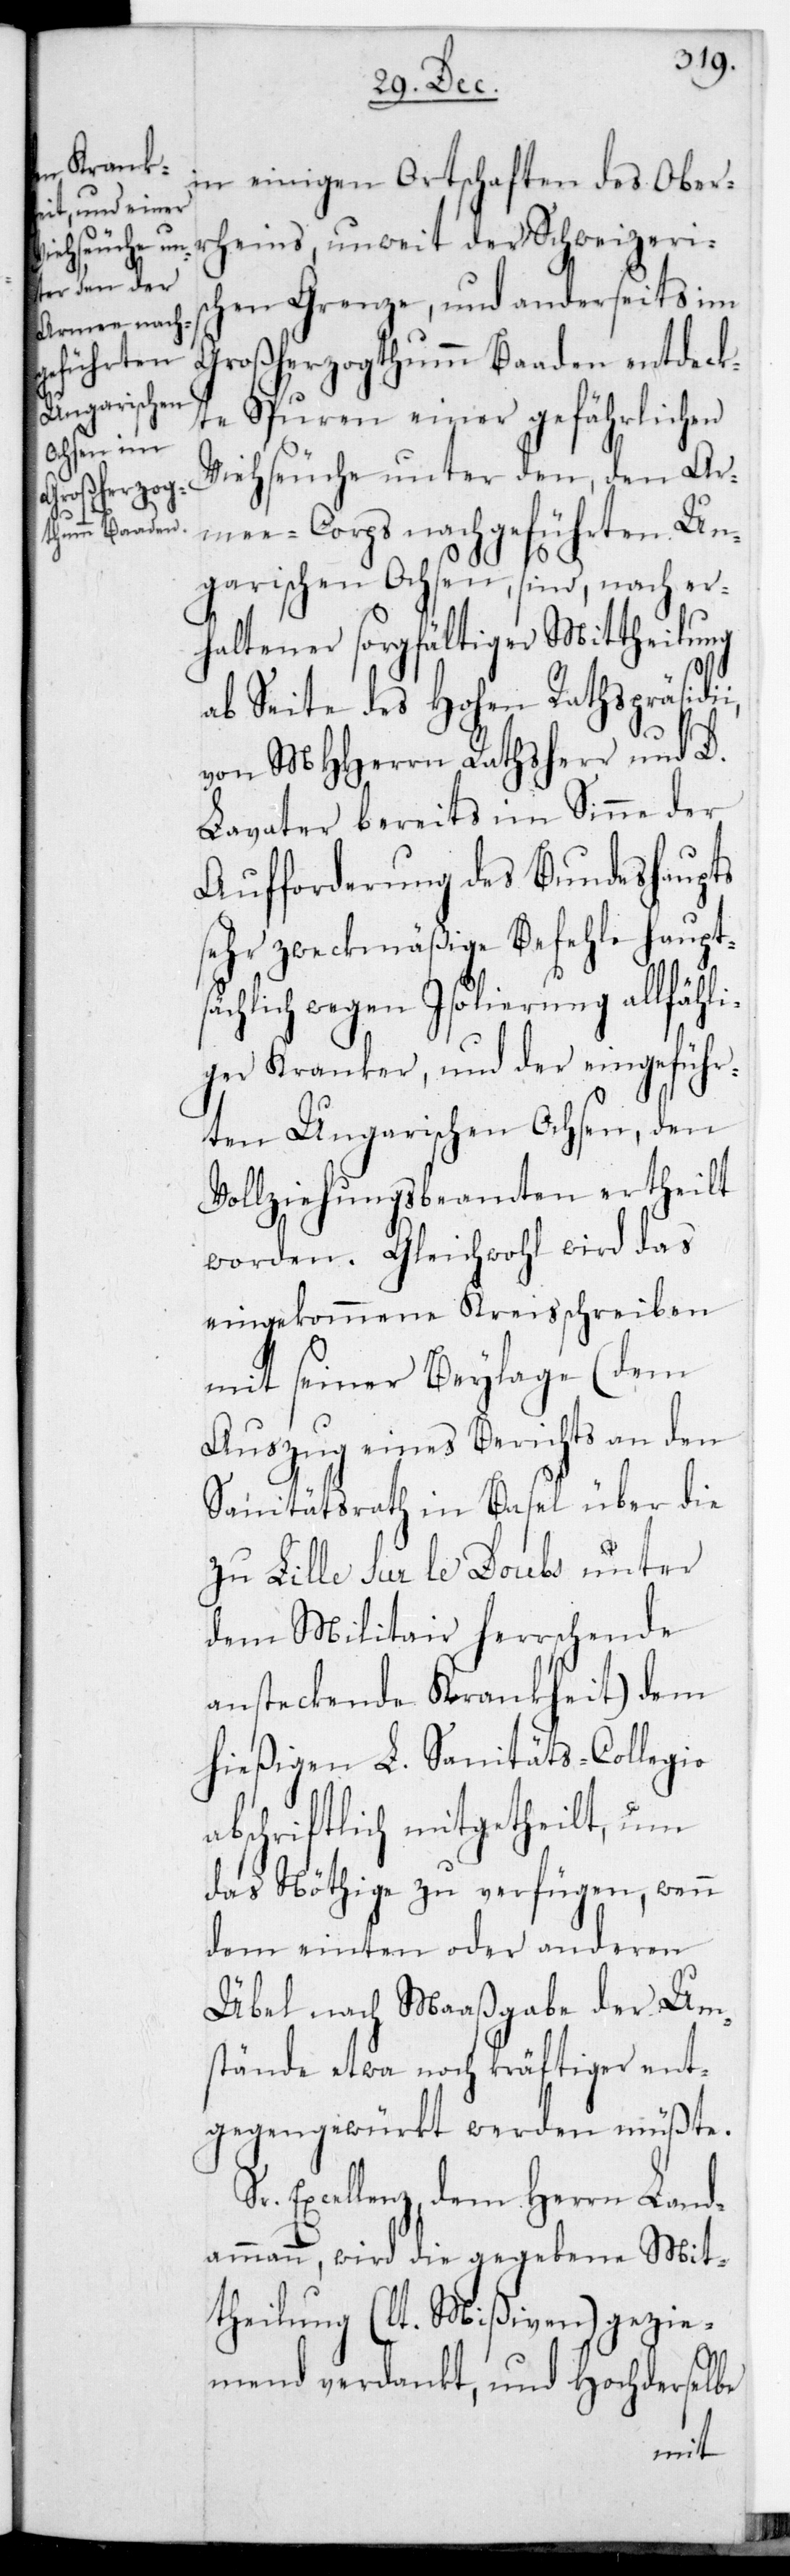
in einigen Ortschaften des Ober¬
rheins, unweit der Schweizeris¬
chen Grenze; und anderseits im
Großherzogthum Baaden entdeck¬
te Spuren einer gefährlichen
Viehseuche unter den, den Ar¬
mee-Corps nachgeführten Un¬
garischen Ochsen, sind nach er¬
haltener sorgfältiger Mittheilung
i,
ab Seite des Hohen Rathspräsidi¬
von MHHerrn Rathsherr und D.
Lavater bereits im Sinne der
Aufforderung des Bundeshaupts
sehr zweckmäßige Befehle haupts¬
ächlich wegen Isolierung allfähl¬
iger Kranker, und der eingeführ¬
ten Ungarischen Ochsen, den
Vollziehungsbeamten ertheilt
worden. Gleichwohl wird das
eingekommene Kreisschreiben
mit seiner Beylage (dem
Auszug eines Berichts an den
Sanitätsrath in Basel über die
zu Lille sur le Doubs unter
dem Militar herrschende
ansteckende Krankheit) dem
hießigen L. Sanitäts-Collegio
abschriftlich mitgetheilt, um
das Nöthige zu verfügen, wenn
dem einten oder anderen
Übel nach Maaßgabe der Um¬
stände etwa noch kräftiger ent¬
gegengewürkt werden müßte.
Sr. Excellenz dem Herrn Land¬
ammann wird die gegebene Mit¬
theilung (lt. Mißiven) gezie¬
mend verdankt, und Hochderselbe